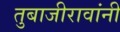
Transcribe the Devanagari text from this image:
तुबाजीरावांनी